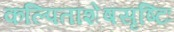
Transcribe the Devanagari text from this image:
कल्पिताशेषसृष्टिः